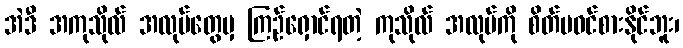
အဲဒီ အကုသိုလ် အလုပ်တွေမှ ကြဉ်ရှောင်ရတဲ့ ကုသိုလ် အလုပ်ကို စိတ်မဝင်စားနိုင်ဘူး၊